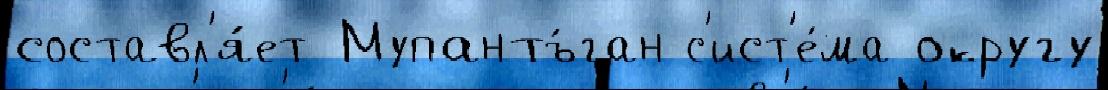
составл'я́ет Мупантъ́ган с'ист'е́ма округу